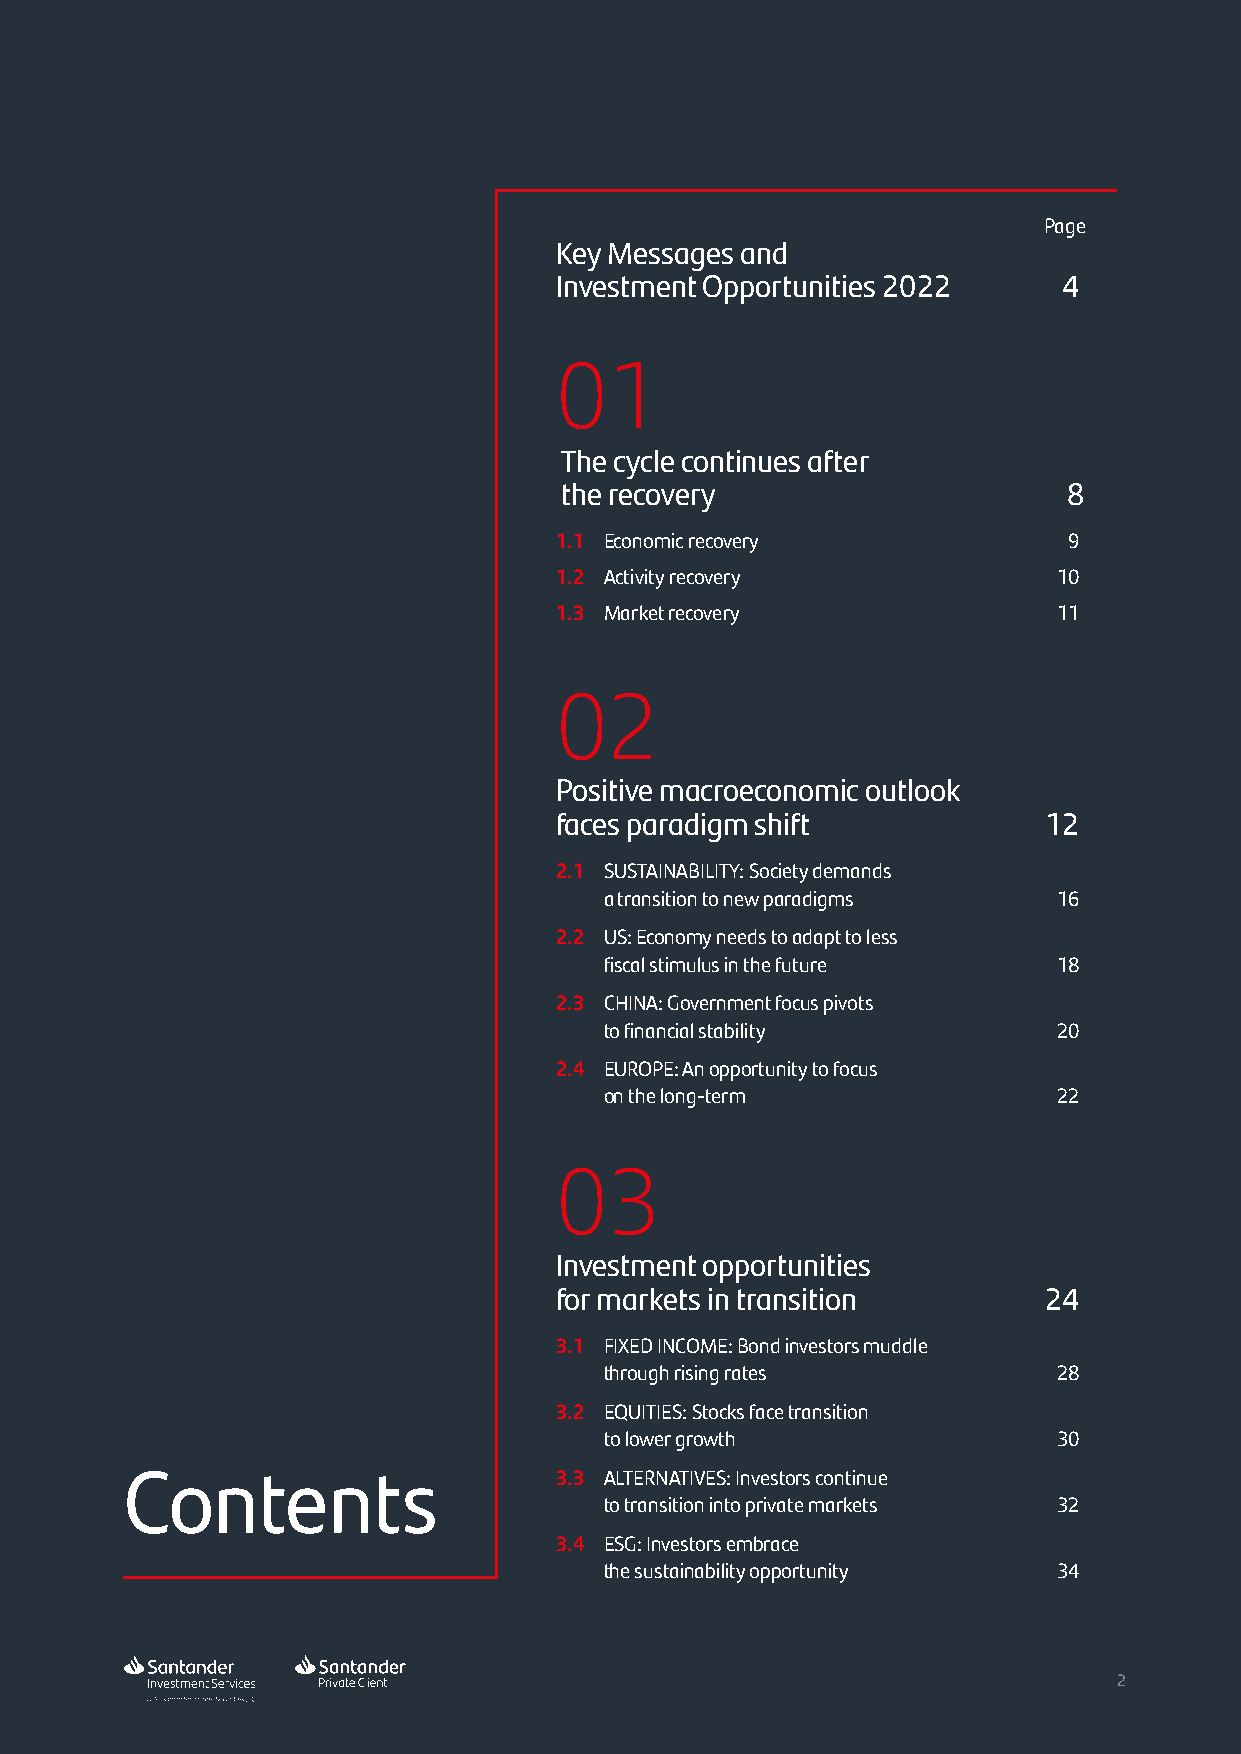
1.1
 The cycle continues after the recovery
 Page
 Key Messages and
 Investment Opportunities 2022    4
 01
 The cycle continues after
 the recovery                      8
 1.1 Economic recovery             9
 1.2 Activity recovery            10
 1.3 Market recovery              11
 02
 Positive macroeconomic outlook
 faces paradigm shift            12
 2.1 SUSTAINABILITY: Society demands
 a transition to new paradigms 16
 2.2 US: Economy needs to adapt to less
 fiscal stimulus in the future 18
 2.3 CHINA: Government focus pivots
 to financial stability        20
 2.4 EUROPE: An opportunity to focus
 on the long-term              22
 03
 Investment opportunities
 for markets in transition       24
 3.1 FIXED INCOME: Bond investors muddle
 through rising rates          28
 3.2 EQUITIES: Stocks face transition
 to lower growth               30
 Contents                     3.3 ALTERNATIVES: Investors continue
 to transition into private markets 32
 3.4 ESG: Investors embrace
 the sustainability opportunity 34
 22